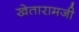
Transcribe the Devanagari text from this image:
खेतारामजी